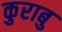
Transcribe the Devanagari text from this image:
कुराबु